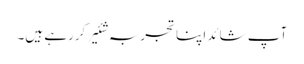
آپ شائد اپنا تجربہ شئیر کررہے ہیں۔